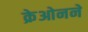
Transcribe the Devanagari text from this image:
क्रेओनने